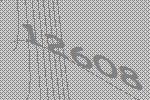
12608